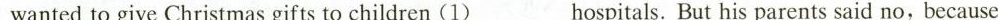
wanted to give Christmas gifts to children (1)___hospitals. But his parents said no, because